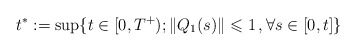
\begin{align*} t^*:=\sup\{ t \in [0,T^+) ; \|Q_1(s)\| \leqslant 1\,, \forall s \in [0,t] \}\end{align*}